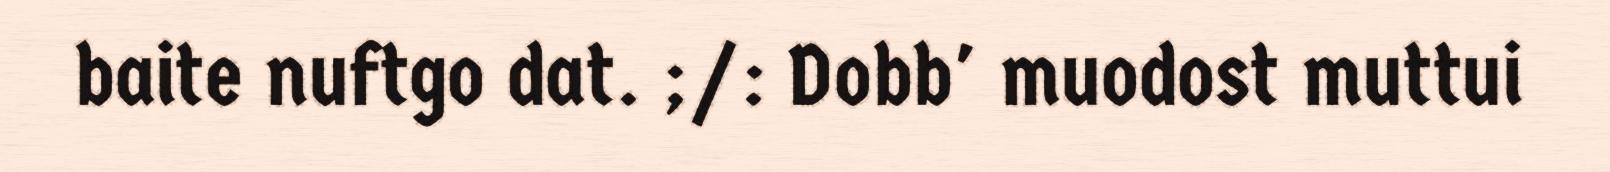
baite nuftgo dat. ;/: Dobb' muodost muttui